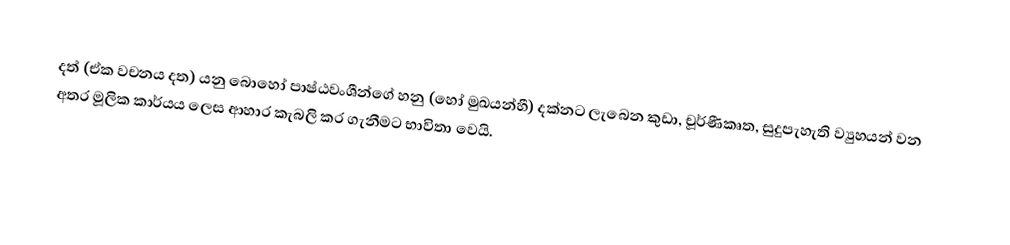
දත් (ඒක වචනය දත) යනු  බොහෝ පාෂ්ඨවංශීන්ගේ හනු (හෝ මුඛයන්හී) දක්නට ලැබෙන කුඩා, චූර්ණීකෘත, සුදුපැහැති ව්‍යුහයන් වන අතර මූලික කාර්යය ලෙස ආහාර කැබලි කර ගැනීමට භාවිතා වෙයි.